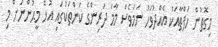
މިގޮތުން ހަފްތާއަކު އެއްދުވަހު ނަމަވެސް މާމަ ދަރިންގެ ކަންތަކުގައި އުޅޭ މީޙުންނަށް މި